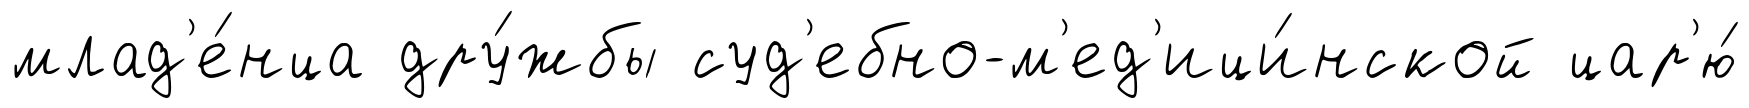
млад'е́нца дру́жбы суд'ебно-м'ед'ици́нской цар'ю́